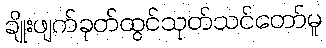
ချိုးဖျက်ခုတ်ထွင်သုတ်သင်တော်မူ